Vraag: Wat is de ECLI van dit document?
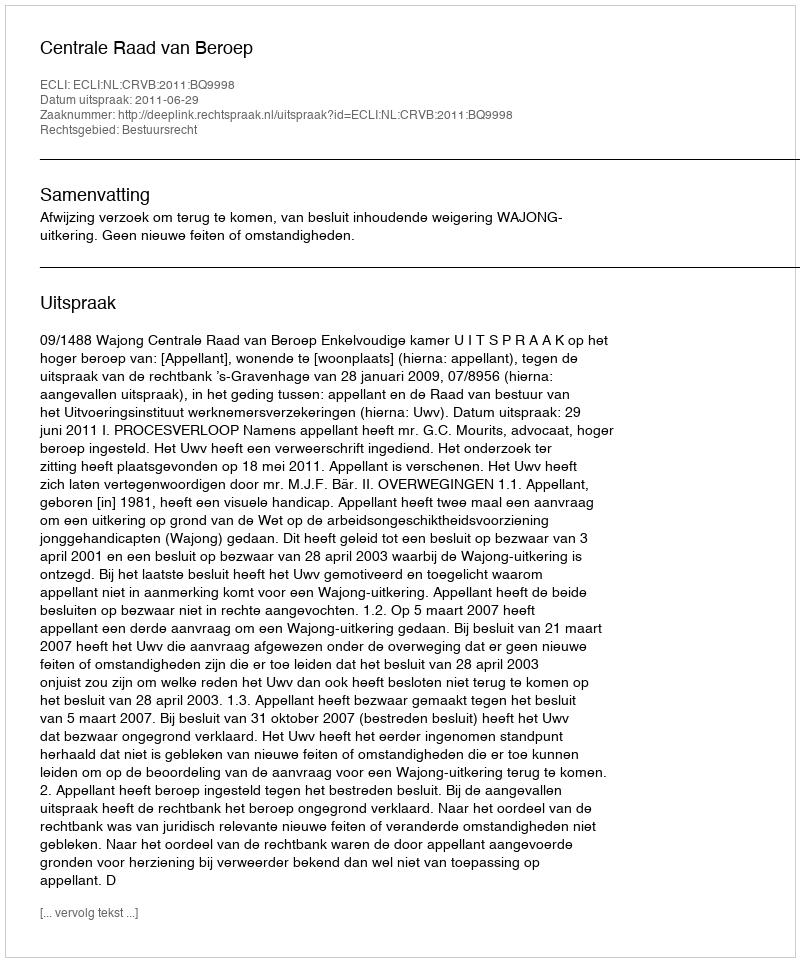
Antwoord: ECLI:NL:CRVB:2011:BQ9998